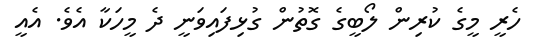
ހެރީ މީގެ ކުރިން ލޯބީގެ ގޮތުން ގުޅިފައިވަނީ ދެ މީހަކާ އެވެ. އެއީ